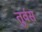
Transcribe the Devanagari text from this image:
तुर्वस